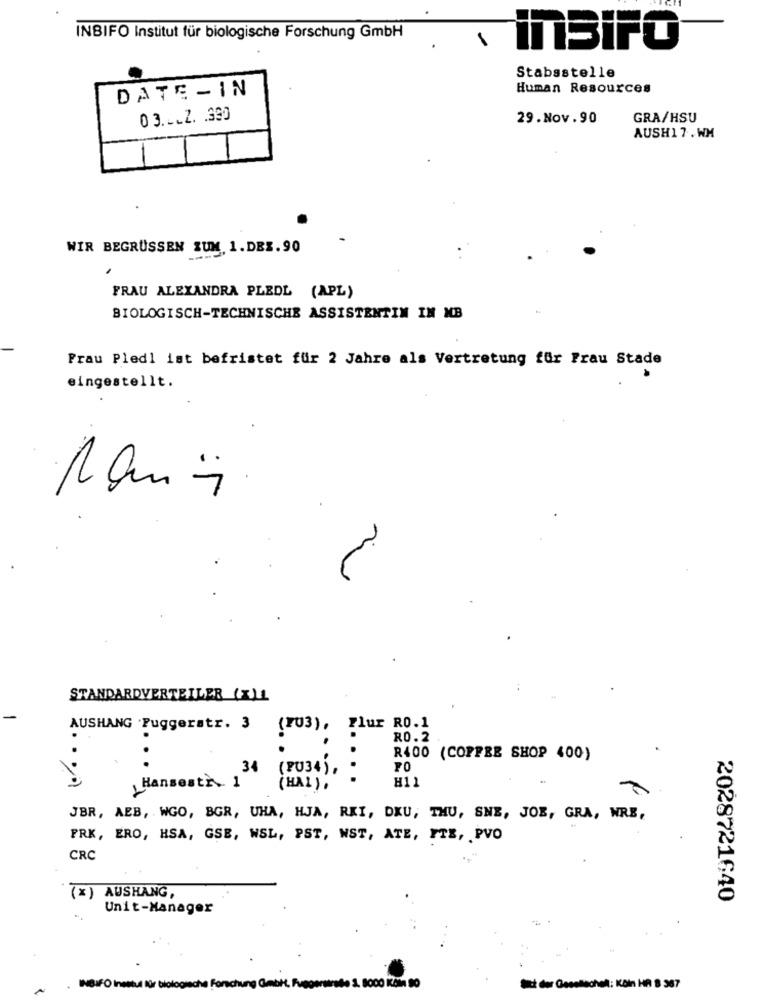
INBIFO Institut für biologische Forschung GmbH
1
inSIFO
Stabsstelle
DATE -IN
Human Resources
03 .- LZ. . 390
29.Nov. 90
GRA/HSU
AUSH17. WM
WIR BEGRÜSSEN SUM 1.DEZ. 90
FRAU ALEXANDRA PLEDL (APL)
BIOLOGISCH-TECHNISCHE ASSISTENTIN IN MB
Prau Pledl ist befristet für 2 Jahre als Vertretung für Frau Stade
eingestellt.
STANDARDVERTEILER (X)I
AUSHANG Fuggerstr. 3 (103), Flur R0.1
RO.2
R400 (COFFEE SHOP 400)
FO
.
H11
(HAL) .
JBR, AEB, WGO, BGR, UHA, HJA, RKI, DKU, THU, SNE, JOE, GRA, WRE,
FRK, ERO, HSA, GSE, WSL, PST, WST, ATE, FTE, PVO
CRC
(x) AUSHANG,
2028721640
Unit-Manager
INBIFO Institut für biologische Forschung
1. 8000 Kčin 90